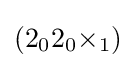
(2_{0}2_{0}{\times }_{1})